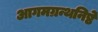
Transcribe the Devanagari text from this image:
आगमग्रन्थनिष्ठे